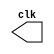
module Clock (clk);
	output clk;
	reg clk;
	
	initial begin
		clk <= 0;
	end
	always begin 
		#40 clk <= ~clk;
	end

endmodule